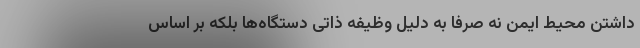
داشتن محیط ایمن نه صرفا به دلیل وظیفه ذاتی دستگاه‌ها بلکه بر اساس